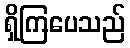
ရှိကြပေသည်